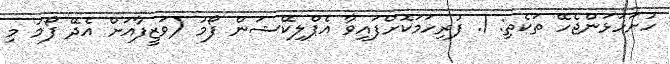
ހުށަހަޅަންޖެހޭ ތަކެތި: 1. ފުރިހަމަކޮށްފައިވާ އެޕްލިކޭޝަން ފޯމު (ވަޒީފާއަށް އެދޭ ފޯމު މި